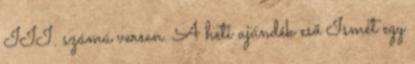
III. számú versen. A heti ajándék eső Ismét egy